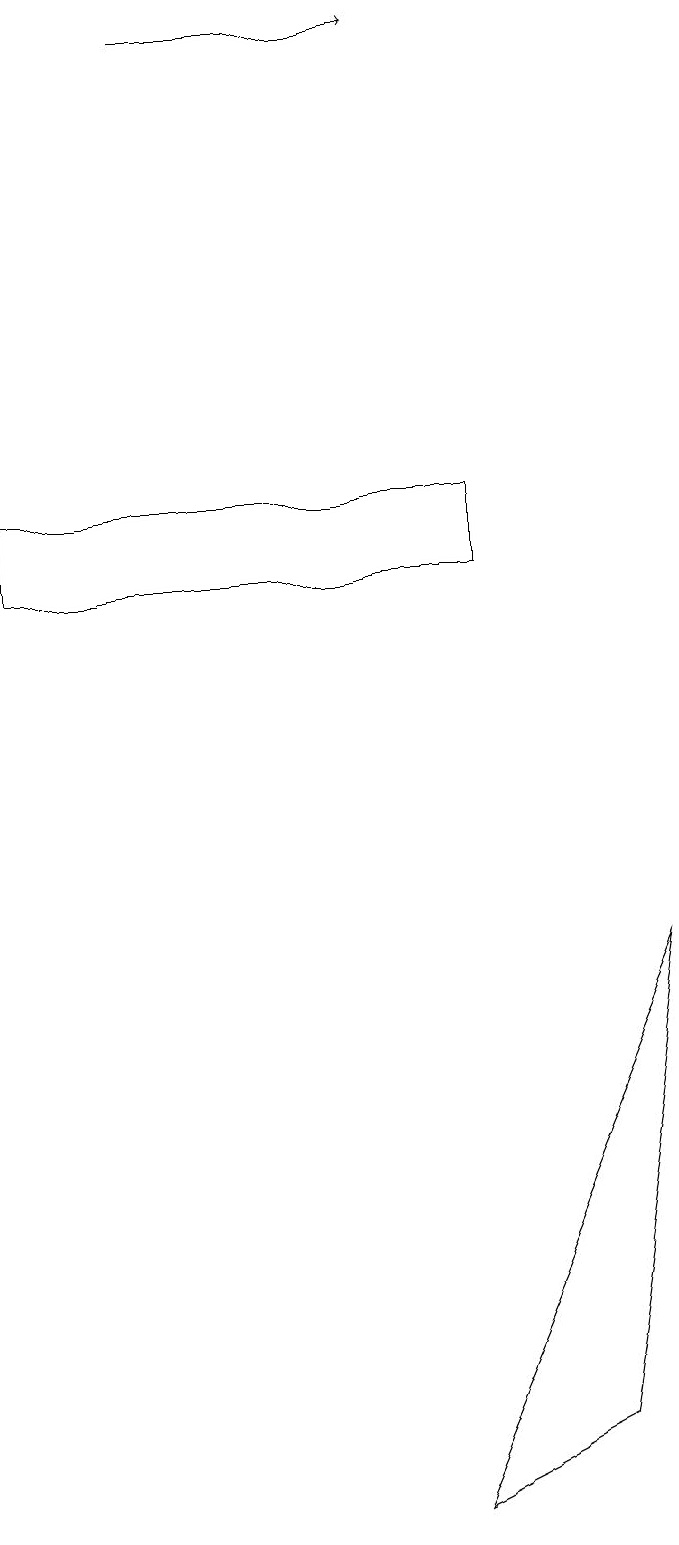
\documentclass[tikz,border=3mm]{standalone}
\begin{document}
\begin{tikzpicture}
\draw (0,12) rectangle (6,13);
\draw (8,7) -- (7,1) -- (5,0) -- cycle;
\draw[->] (2,19) -- (5,19);
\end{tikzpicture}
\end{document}